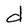
Character: d